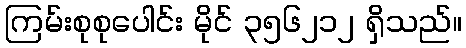
ကြမ်းစုစုပေါင်း မိုင် ၃၅၆၂၁၂ ရှိသည်။